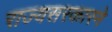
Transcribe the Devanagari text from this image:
राज्यसरकारने